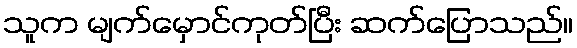
သူက မျက်မှောင်ကုတ်ပြီး ဆက်ပြောသည်။